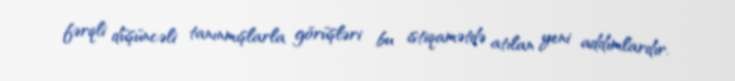
fərqli düşüncəli tanınmışlarla görüşləri bu istiqamətdə atılan yeni addımlardır.